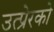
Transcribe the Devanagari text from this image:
उत्प्रेरको